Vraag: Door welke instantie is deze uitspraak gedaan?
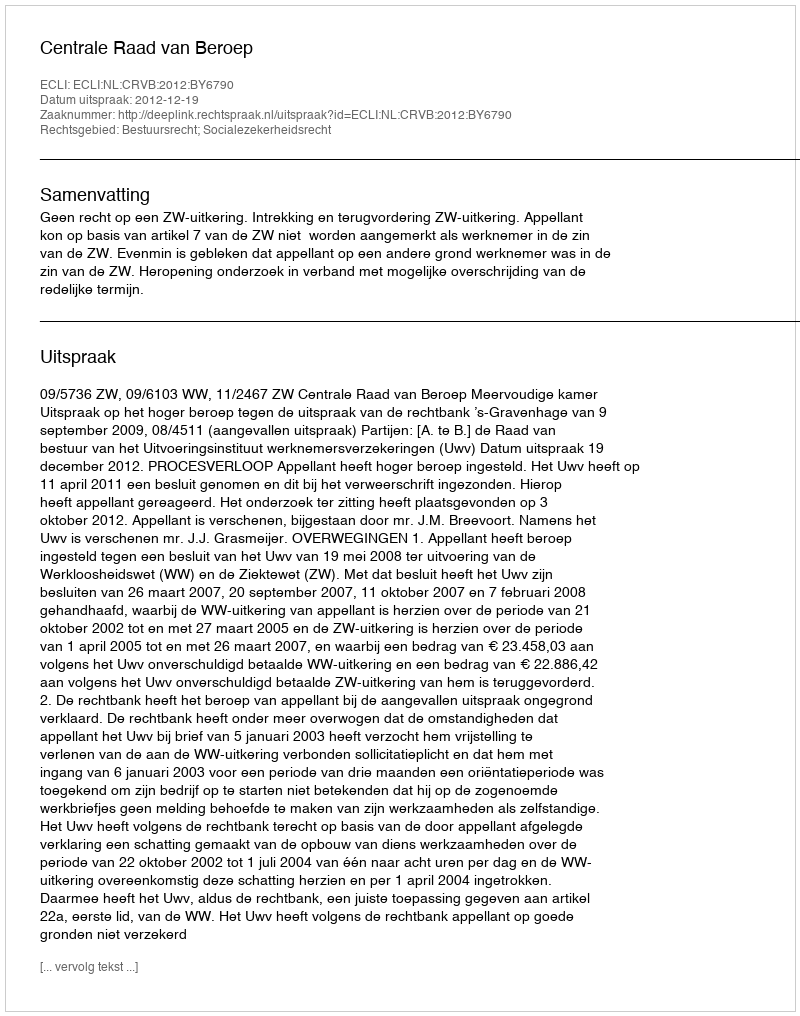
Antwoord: Centrale Raad van Beroep